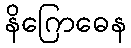
နိဂြောဓေန